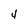
Character: 4